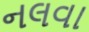
નલવા